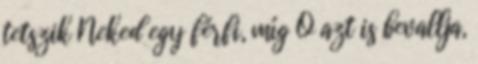
tetszik Neked egy férfi, míg Ő azt is bevallja,